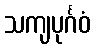
သကျပုင်္ဂဝံ